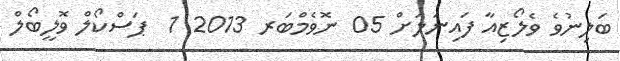
ބަލިނުވެ ވެލޯޒިއާ ފައިނަލަށް 05 ނޮވެމްބަރ 2013 1  ޕަސްކޯލް ވޮލީބޯލް